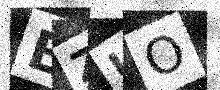
Text: EZUO